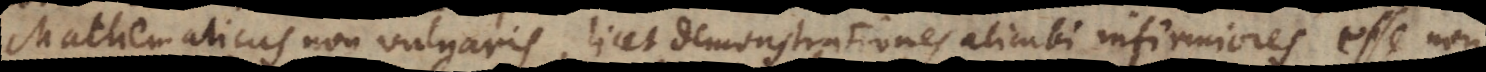
Mathematicus non vulgaris, licet demonstrationes alicubi infirmiores esse non